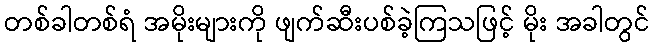
တစ်ခါတစ်ရံ အမိုးများကို ဖျက်ဆီးပစ်ခဲ့ကြသဖြင့် မိုး အခါတွင်